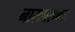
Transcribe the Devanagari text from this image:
नारळासकट